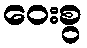
ဝေးစွ